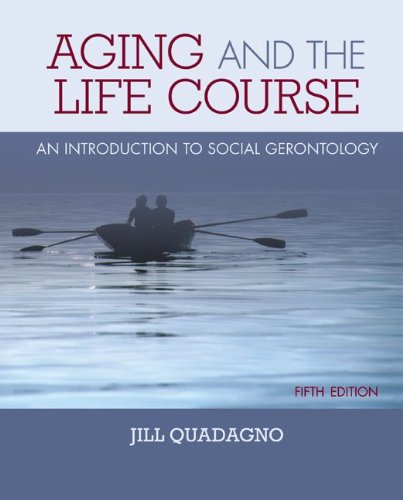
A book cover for Aging and the Life Course: An Introduction to Social Gerontology; Jill Quadagno ; Politics & Social Sciences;